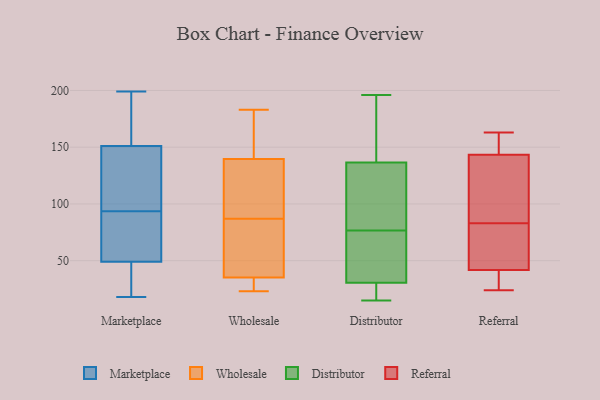
{"axis": {"x": "Conversion Rate (%)", "y": "Value"}, "legend": ["Distributor", "Marketplace", "Referral", "Wholesale"], "data": [{"x": "", "y": 153, "type": "Marketplace"}, {"x": "", "y": 66, "type": "Marketplace"}, {"x": "", "y": 123, "type": "Marketplace"}, {"x": "", "y": 199, "type": "Marketplace"}, {"x": "", "y": 151, "type": "Marketplace"}, {"x": "", "y": 168, "type": "Marketplace"}, {"x": "", "y": 90, "type": "Marketplace"}, {"x": "", "y": 49, "type": "Marketplace"}, {"x": "", "y": 97, "type": "Marketplace"}, {"x": "", "y": 18, "type": "Marketplace"}, {"x": "", "y": 59, "type": "Marketplace"}, {"x": "", "y": 128, "type": "Marketplace"}, {"x": "", "y": 45, "type": "Marketplace"}, {"x": "", "y": 32, "type": "Marketplace"}, {"x": "", "y": 99, "type": "Wholesale"}, {"x": "", "y": 174, "type": "Wholesale"}, {"x": "", "y": 104, "type": "Wholesale"}, {"x": "", "y": 82, "type": "Wholesale"}, {"x": "", "y": 23, "type": "Wholesale"}, {"x": "", "y": 87, "type": "Wholesale"}, {"x": "", "y": 131, "type": "Wholesale"}, {"x": "", "y": 33, "type": "Wholesale"}, {"x": "", "y": 165, "type": "Wholesale"}, {"x": "", "y": 75, "type": "Wholesale"}, {"x": "", "y": 25, "type": "Wholesale"}, {"x": "", "y": 36, "type": "Wholesale"}, {"x": "", "y": 183, "type": "Wholesale"}, {"x": "", "y": 15, "type": "Distributor"}, {"x": "", "y": 158, "type": "Distributor"}, {"x": "", "y": 94, "type": "Distributor"}, {"x": "", "y": 196, "type": "Distributor"}, {"x": "", "y": 114, "type": "Distributor"}, {"x": "", "y": 30, "type": "Distributor"}, {"x": "", "y": 115, "type": "Distributor"}, {"x": "", "y": 176, "type": "Distributor"}, {"x": "", "y": 53, "type": "Distributor"}, {"x": "", "y": 31, "type": "Distributor"}, {"x": "", "y": 15, "type": "Distributor"}, {"x": "", "y": 59, "type": "Distributor"}, {"x": "", "y": 144, "type": "Referral"}, {"x": "", "y": 163, "type": "Referral"}, {"x": "", "y": 93, "type": "Referral"}, {"x": "", "y": 46, "type": "Referral"}, {"x": "", "y": 24, "type": "Referral"}, {"x": "", "y": 117, "type": "Referral"}, {"x": "", "y": 143, "type": "Referral"}, {"x": "", "y": 73, "type": "Referral"}, {"x": "", "y": 83, "type": "Referral"}, {"x": "", "y": 66, "type": "Referral"}, {"x": "", "y": 25, "type": "Referral"}, {"x": "", "y": 144, "type": "Referral"}, {"x": "", "y": 29, "type": "Referral"}]}